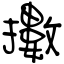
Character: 擻